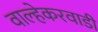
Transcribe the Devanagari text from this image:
वाल्हेकरवाडी